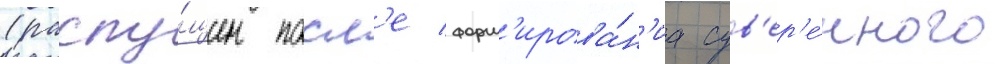
(распу́щен посл'е форм'ирова́н'иа сув'ер'е́нного